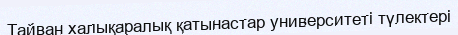
Тайван халықаралық қатынастар университеті түлектері